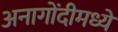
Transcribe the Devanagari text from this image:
अनागोंदीमध्ये